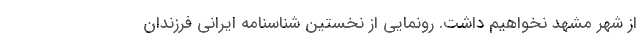
از شهر مشهد نخواهیم داشت. رونمایی از نخستین شناسنامه ایرانی فرزندان